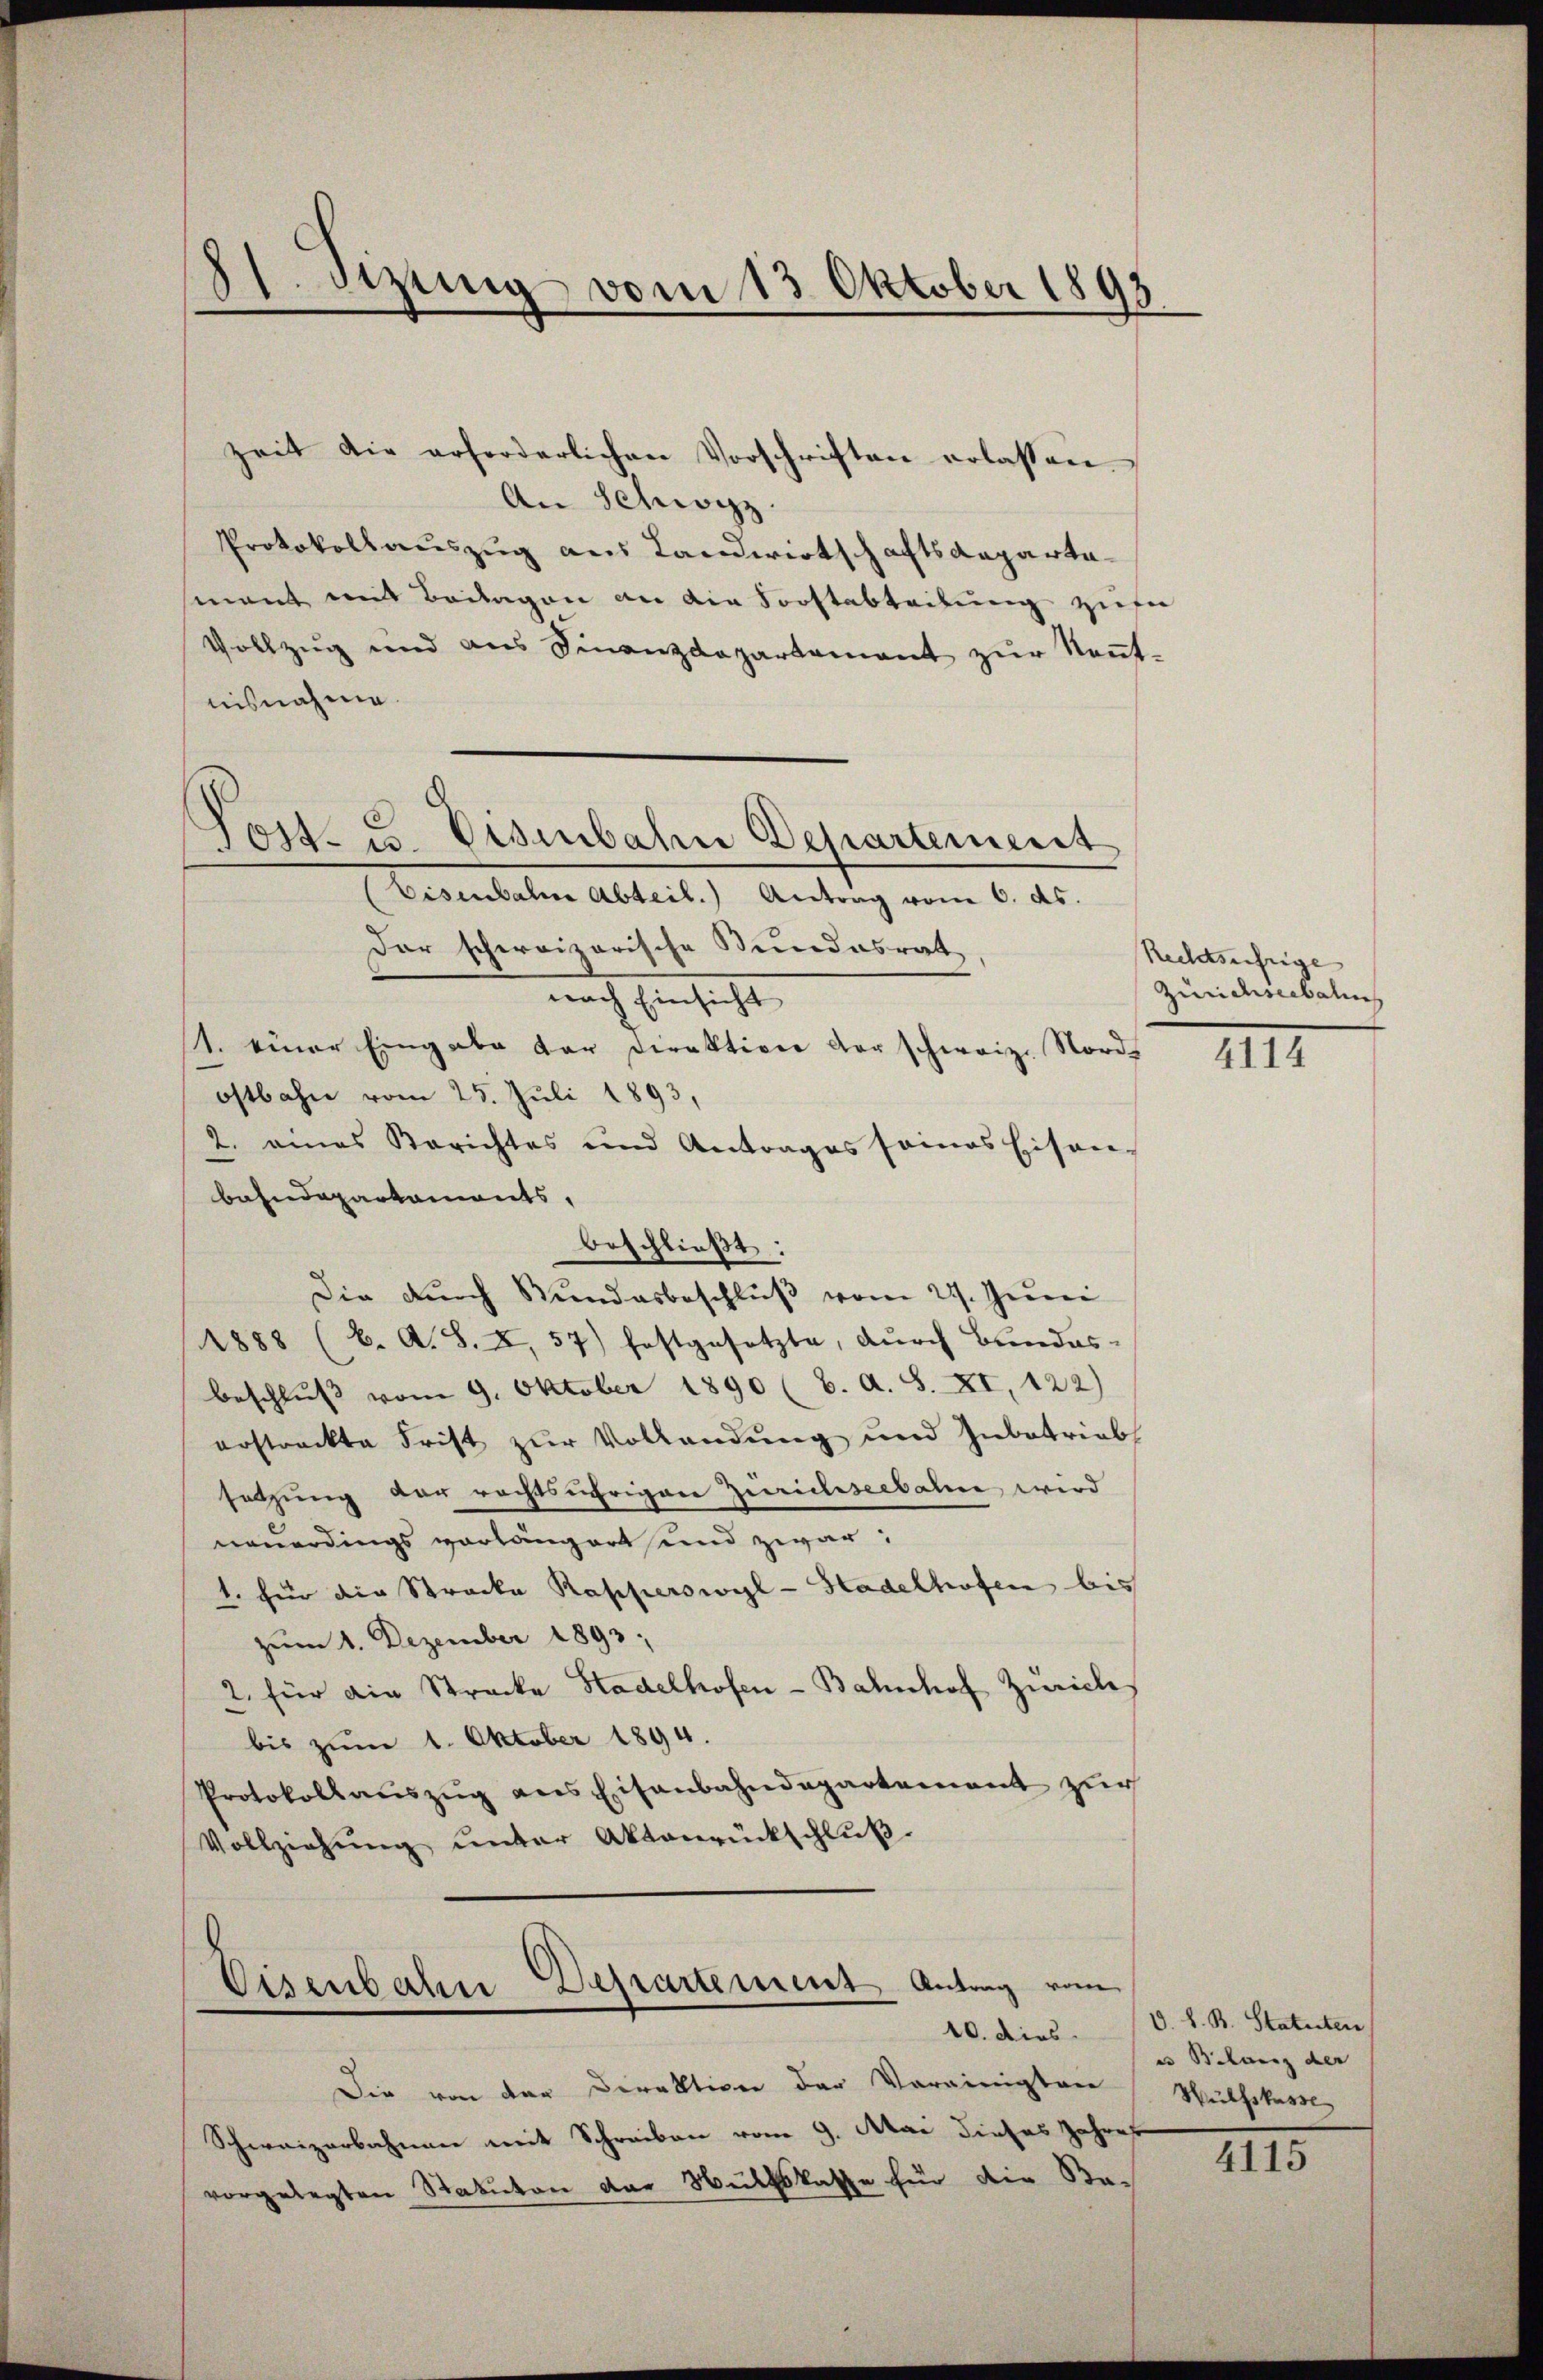
8t. Sitzung vom 13 Oktober 1893

zeit die erforderlichen Vorschriften erlassen.
An Schwyz.
Protokollauszug aus Landwirtschaftsdepartamant mit Beilagen an die Sorftabteilung zufe
Vollzug und aus Finanzdepartement zur Keṅt-
nisnahme.
der schweizerische Bundesrat
nach Einsicht
1. einer Eingabe der Direktiver der schweiz. Nord
ostbahn vom 25. Juli 1893,
2. eines Berichtes und Antrages seines Eisen-
bahndepartaments,
beschließt:
Die durch Bundesbeschluß vom 22. Juni
1888 (C. A. S. I, 57) festgesetzte, dŭrch Bŭndes-
beschluß vom 9. Oktober 1890 (6. A. S. XI, 122)
erstreckte Frist zur Vollendung und Inbetrieb
setzung der rechtsährigen Zurichseebahne wird
neuerdings vorlängert und zwar:
1. für die Strocka Rapperswyl - Hadelhofen bis
zum 1. Dezember 1893
2. für ain Strecke Stadelhofen - Bahnhof Zürich
bis zum 1. Oktober 1894.
Protokollaŭszŭg ans Eisenbahndepartement zŭr
Vollziehung unter Aktenrückschluß

Post- u. Eisenbahn Departement
Eisenbahne Abteil. Antrag vom 6. ds.

Eisenbahn-Departement Antrag vom
10. dies

Die von der Direktion der Vereinigten
Schweizerbahnen mit Schreiben vom 9. Mai dieses Jahres
vorgelegten Statuten der Nuthskasse für die Ba-

Rechtsufrige
Zürichseebahne

IIII

d. d. B. Statuten
e Bilanz der
Wülfskasse

4115